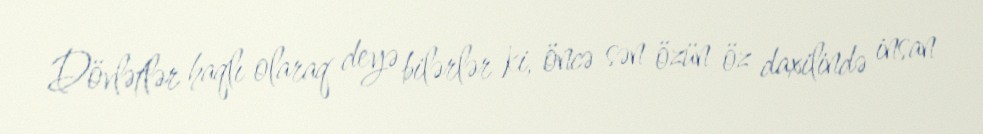
Dövlətlər haqlı olaraq deyə bilərlər ki, öncə sən özün öz daxilində insan